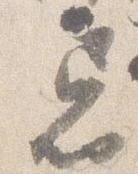
忌